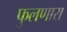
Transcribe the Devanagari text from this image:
फुलणारा